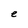
Character: e